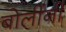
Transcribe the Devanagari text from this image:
बोलींनी